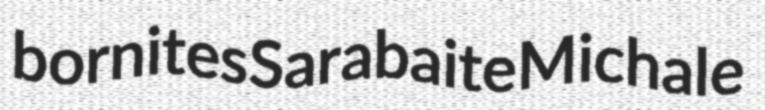
bornites Sarabaite Michale